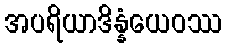
အပရိယာဒိန္နံယေဝဿ